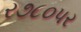
ર૭૮૦પર